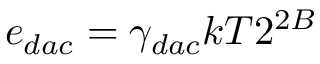
e _ { d a c } = \gamma _ { d a c } k T 2 ^ { 2 B }